Civil Veterinary Department Bengal reports 1923-33 - 1923-1933
Year: 1923
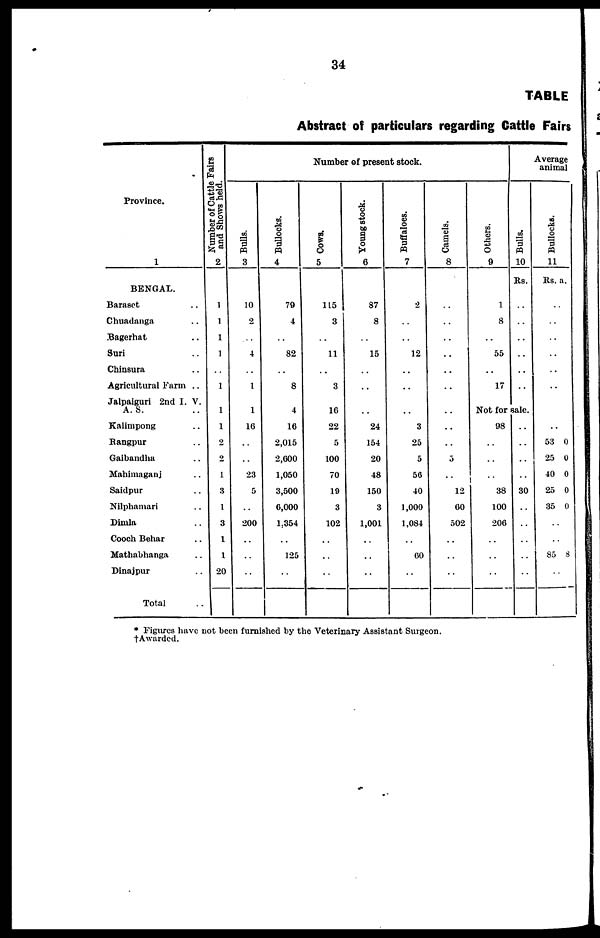
34
TABLE
Abstract of particulars regarding Cattle Fairs
Province.
1
BENGAL.
Baraset ..
Chuadanga ..
Bagerhat ..
Suri ..
Chinsura ..
Agricultural Farm ..
Jalpaiguri 2nd I. V.
A. S.
Kalimpong ..
Rangpur ..
Gaibandha ..
Mahimagnj ..
Saidpur ..
Nilphamari ..
Dimla ..
Cooch Behar ..
Mathabhanga ..
Dinajpur ..
Total ..
Number of Cattle Fairs
and Shows held.
2
1
1
1
1
..
1
1
1
2
2
1
3
1
3
1
1
20
Number
of present stock.
Bulls.
3
10
2
..
4
..
1
1
16
..
..
23
5
..
200
..
..
..
Bullocks.
4
79
4
..
82
..
8
4
16
2,015
2,000
1,050
3,500
6,000
1.354
..
125
..
Cows.
5
115
3
..
11
..
3
16
22
5
100
70
19
3
102
..
..
..
Young stock.
6
87
8
..
15
..
..
..
24
154
20
48
150
3
1,001
..
..
..
Buffaloes.
7
2
..
..
12
..
..
..
3
25
5
56
40
1,000
1,084
..
60
..
Camels.
8
..
..
..
..
..
..
..
..
..
5
..
12
60
502
..
..
..
Others.
9
1
8
..
55
..
17
Bulls.
10
Rs.
..
..
..
..
..
..
Not for sale.
98
..
..
..
38
100
206
..
..
..
..
..
..
..
30
..
..
..
..
..
Average
animal
Bullocks.
11
Rs. a.
..
..
..
..
..
..
..
53 0
25 0
40 0
25 0
35 0
..
..
85 8
..
* Figures have not been furnished by the Veterinary Assistant Surgeon.
† Awarded.